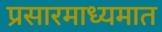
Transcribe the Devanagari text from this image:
प्रसारमाध्यमात